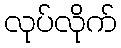
လုပ်လိုက်